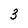
Character: 3